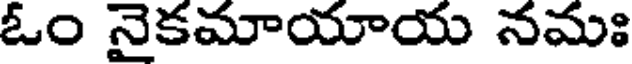
ఓం నైకమాయాయ నమః